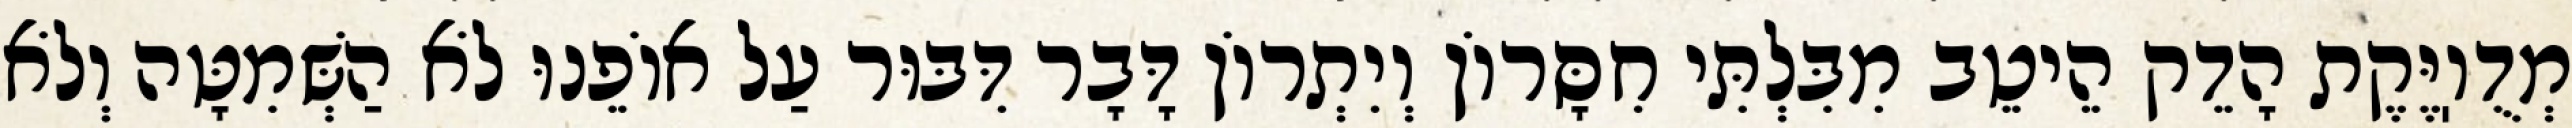
מְדֻוֽיֶּקֶת הָדֵק הֵיטֵב מִבִּלְתִּי חִסָּרוֹן וְיִתְרוֹן דָּבָר דִּבּוּר עַל אוֹפֵנוּ לֹא הַשְּׁמִטָּה וְלֹא